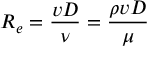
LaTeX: R _ { e } = { \frac { v D } { \nu } } = { \frac { \rho v D } { \mu } }